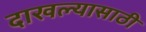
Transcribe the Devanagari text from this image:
दाखल्यासाठी